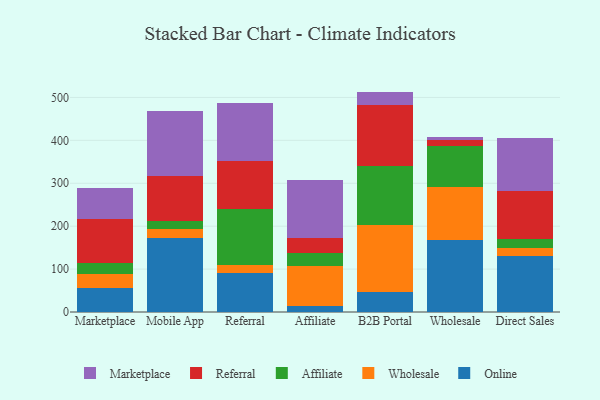
{"axis": {"x": "Channel", "y": "LTV (USD)"}, "legend": ["Affiliate", "Marketplace", "Online", "Referral", "Wholesale"], "data": [{"x": "Marketplace", "y": 54.9, "type": "Online"}, {"x": "Marketplace", "y": 32.9, "type": "Wholesale"}, {"x": "Marketplace", "y": 27.4, "type": "Affiliate"}, {"x": "Marketplace", "y": 100.9, "type": "Referral"}, {"x": "Marketplace", "y": 73.8, "type": "Marketplace"}, {"x": "Mobile App", "y": 173.5, "type": "Online"}, {"x": "Mobile App", "y": 20.0, "type": "Wholesale"}, {"x": "Mobile App", "y": 19.1, "type": "Affiliate"}, {"x": "Mobile App", "y": 105.1, "type": "Referral"}, {"x": "Mobile App", "y": 150.9, "type": "Marketplace"}, {"x": "Referral", "y": 89.8, "type": "Online"}, {"x": "Referral", "y": 18.6, "type": "Wholesale"}, {"x": "Referral", "y": 130.6, "type": "Affiliate"}, {"x": "Referral", "y": 112.8, "type": "Referral"}, {"x": "Referral", "y": 134.7, "type": "Marketplace"}, {"x": "Affiliate", "y": 13.0, "type": "Online"}, {"x": "Affiliate", "y": 94.8, "type": "Wholesale"}, {"x": "Affiliate", "y": 28.7, "type": "Affiliate"}, {"x": "Affiliate", "y": 36.4, "type": "Referral"}, {"x": "Affiliate", "y": 135.6, "type": "Marketplace"}, {"x": "B2B Portal", "y": 46.4, "type": "Online"}, {"x": "B2B Portal", "y": 155.9, "type": "Wholesale"}, {"x": "B2B Portal", "y": 138.6, "type": "Affiliate"}, {"x": "B2B Portal", "y": 141.7, "type": "Referral"}, {"x": "B2B Portal", "y": 31.0, "type": "Marketplace"}, {"x": "Wholesale", "y": 167.8, "type": "Online"}, {"x": "Wholesale", "y": 124.0, "type": "Wholesale"}, {"x": "Wholesale", "y": 94.8, "type": "Affiliate"}, {"x": "Wholesale", "y": 13.2, "type": "Referral"}, {"x": "Wholesale", "y": 8.9, "type": "Marketplace"}, {"x": "Direct Sales", "y": 129.7, "type": "Online"}, {"x": "Direct Sales", "y": 19.9, "type": "Wholesale"}, {"x": "Direct Sales", "y": 20.6, "type": "Affiliate"}, {"x": "Direct Sales", "y": 112.8, "type": "Referral"}, {"x": "Direct Sales", "y": 121.8, "type": "Marketplace"}]}